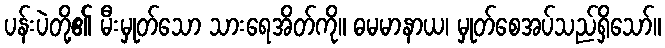
ပန်းပဲတို့၏ မီးမှုတ်သော သားရေအိတ်ကို။ ဓမမာနာယ၊ မှုတ်စေအပ်သည်ရှိသော်။